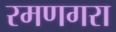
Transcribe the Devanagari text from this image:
रमणगरा